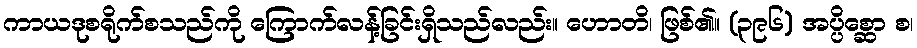
ကာယဒုစရိုက်စသည်ကို ကြောက်လန့်ခြင်းရှိသည်လည်း။ ဟောတိ၊ ဖြစ်၏။ (၃၉၆) အပ္ပိစ္ဆော စ၊